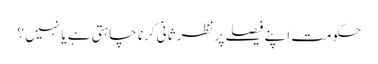
حکومت اپنے فیصلے پر نظر ثانی کرنا چاہتی ہے یا نہیں ؟